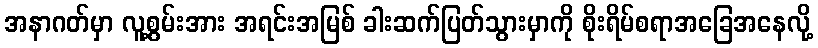
အနာဂတ်မှာ လူ့စွမ်းအား အရင်းအမြစ် ခါးဆက်ပြတ်သွားမှာကို စိုးရိမ်စရာအခြေအနေလို့